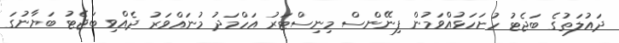
ދައުލަތުގެ ބަޖެޓު ހުށަހަޅުއްވަމުން ފިނޭންސް މިނިސްޓަރު އަހްމަދު މުނައްވަރު ދެއްވި ބަޖެޓު ބަޔާނުގަ